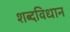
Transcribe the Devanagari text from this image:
शब्दविधान